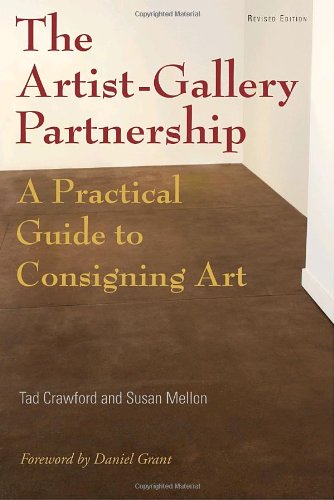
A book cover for The Artist-Gallery Partnership: A Practical Guide to Consigning Art; Tad Crawford; Arts & Photography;